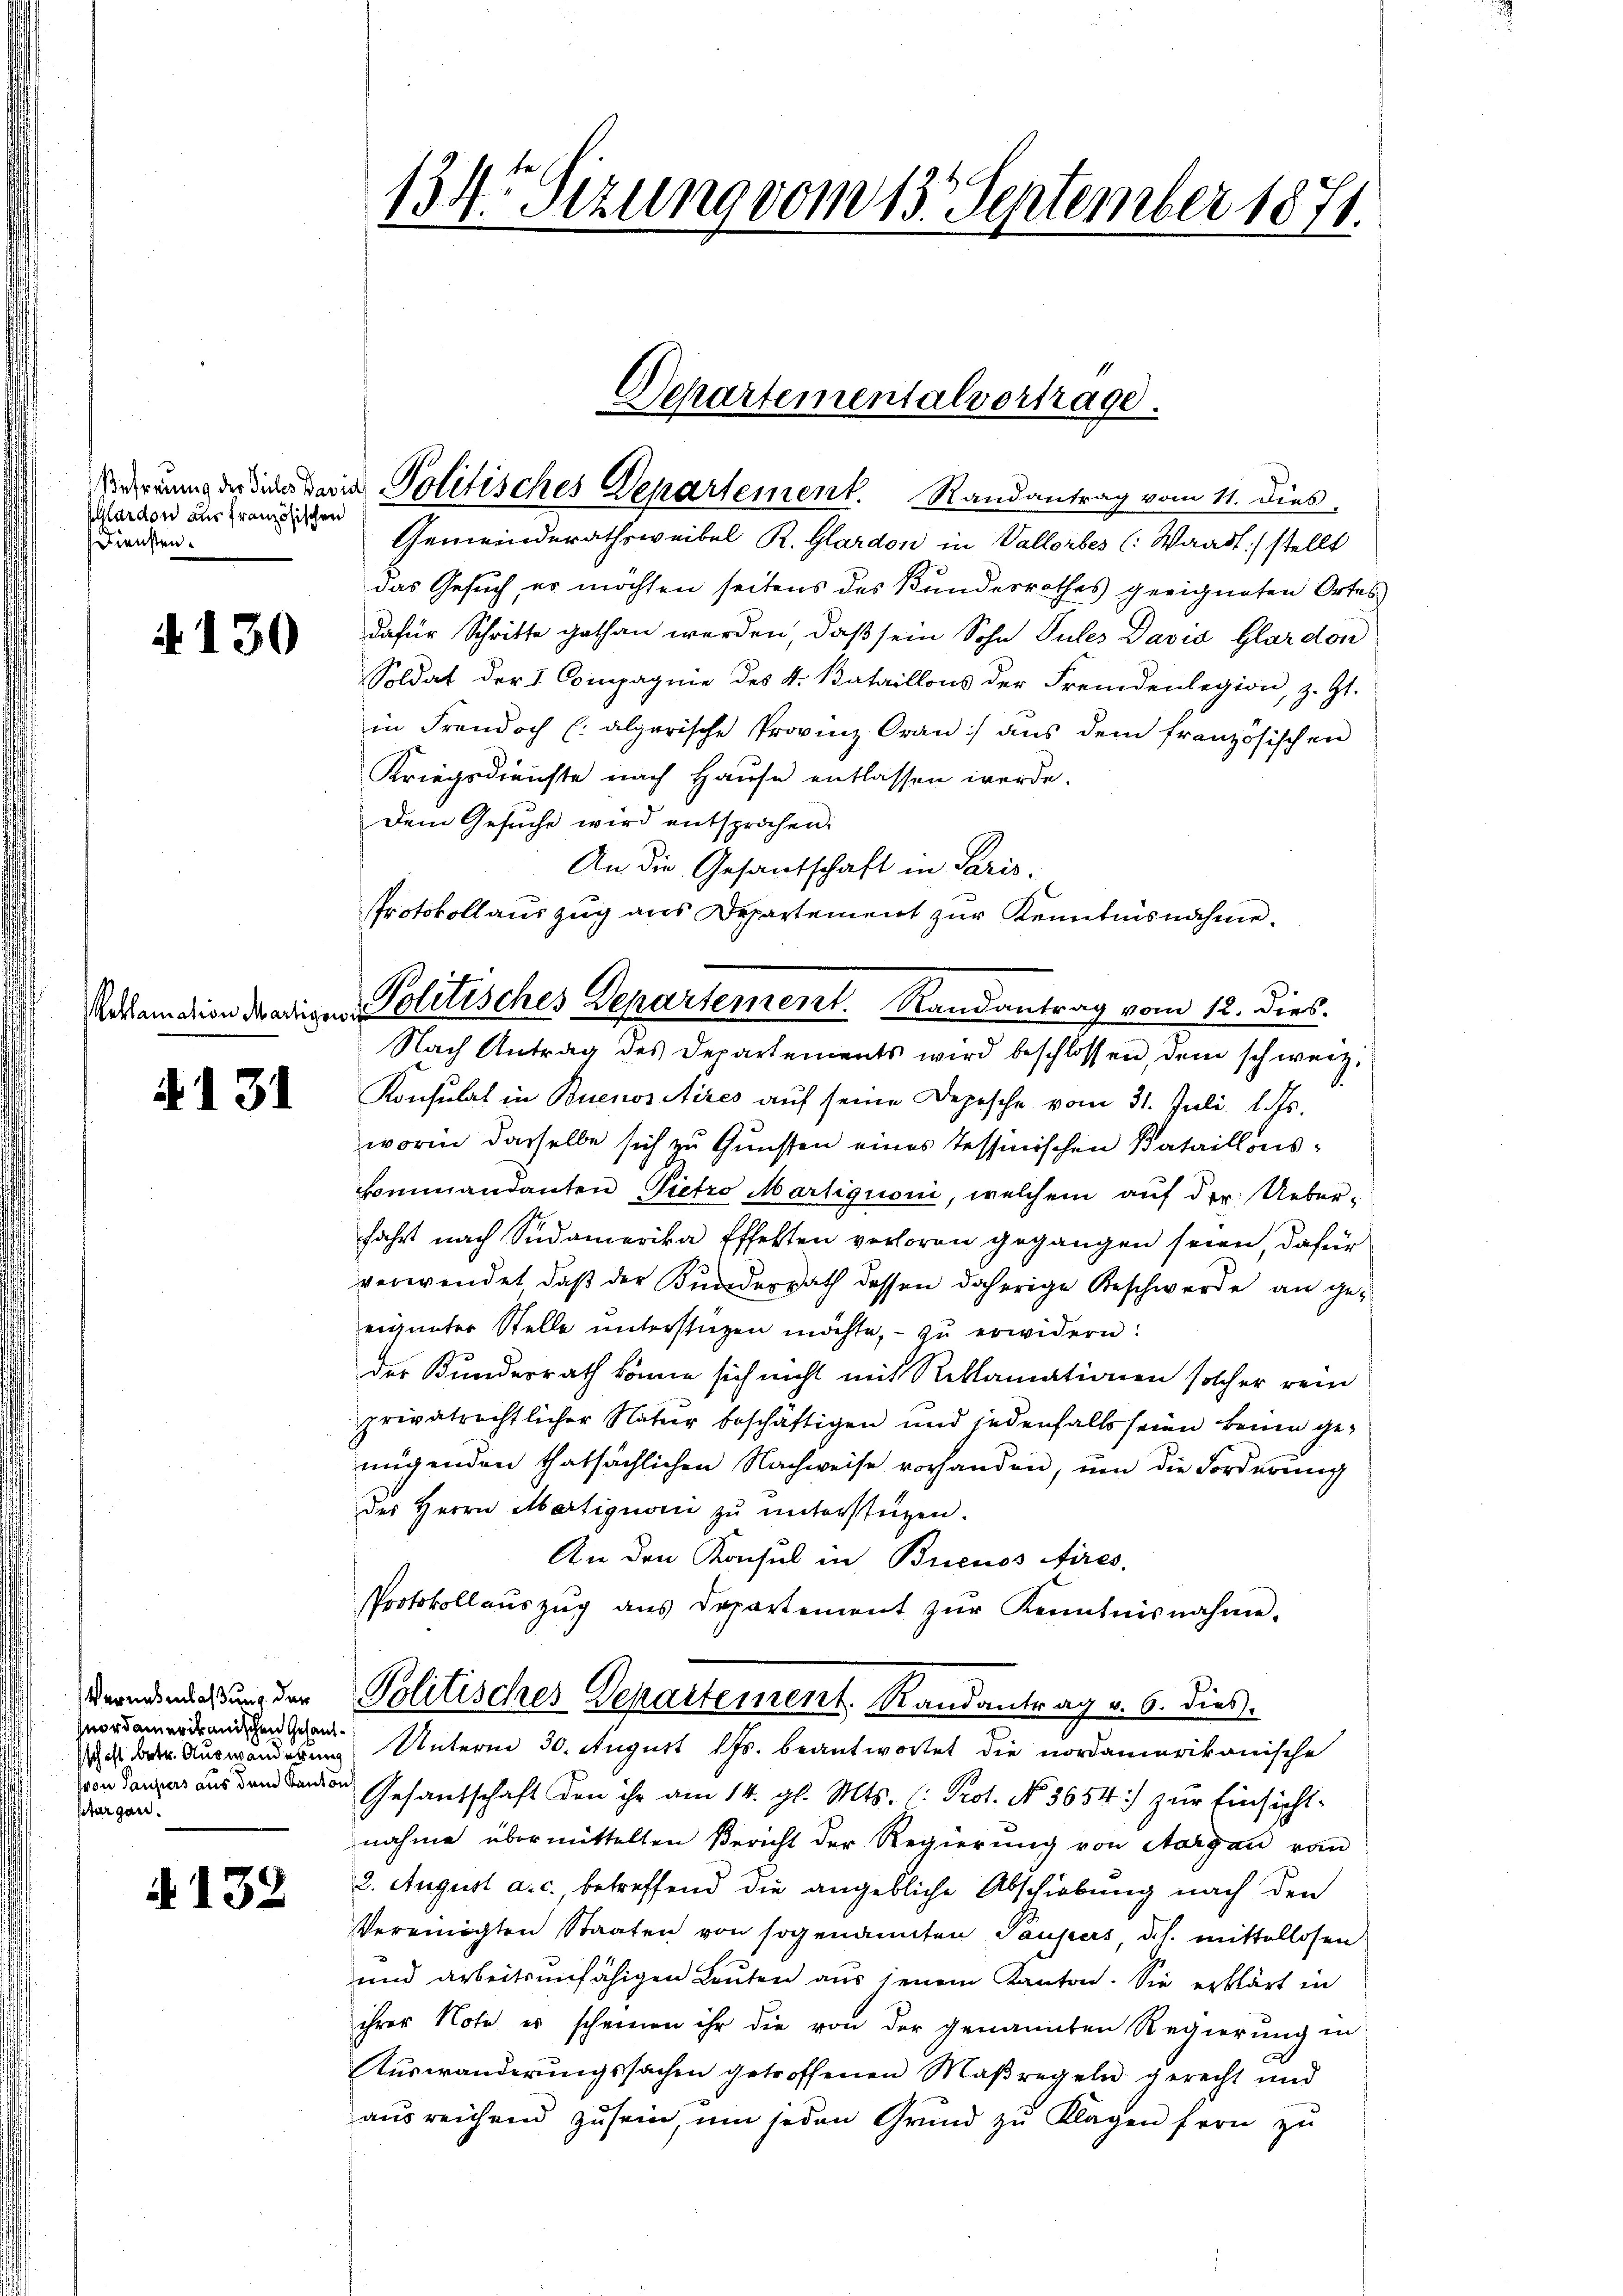
ardon aus französischen
Diensten.

4130

4131

Vernebenlaßung der
nordamerikanischen Gesandsch ist betr. Auswanderung
von Taufers aus dem Kanton
pturgau.

4132

134. Sizung vom 13. September 1871.

Gemeinderathsweibel R. Glardon in Vallerbes (: Waadt) stellt
das Gesuch, er möchten seitens des Bundesrathes geeigneten Ortes
dafür Schritte gethan werden, daß sein Sohn Pules David Glardon
Soldat der I Compagnie des K. Bataillons der Fremdenlegion, z. Zt.
in Freudoch (algarische Provinz Oran) aus dem französischen
Kriegsdienste nach Hause entlassen werde.
Dem Gesuche wird entsprochen:
An die Gesantschaft in Paris.
Protokollauszug aus Departement zur Kenntnisnahme.
Nach Antrag des Departements wird beschlossen, dem schweiz.
Konsulat in Buenos Aires auf seine Depesche vom 31. Juli 187.
worin dasselbe sich zu Gunsten eines Tessinischen Bataillonskommandanten Pietro Martiguoni, welchem auf der Ueber-
fahrt nach Südamerika Effekten verloren gegangen seien, dafür
verwendet, daß der Bundesrath dessen daherige Beschwerde an geeigneter Stelle unterstüzen möchte, - zu erwidern:
der Kundesrath könne sich nicht mit Reklamationen solcher rein
privatrechtlicher Natur beschäftigen und jedenfalls seien keine genügenden thatsächlichen Nachweise vorhanden, um die Forderung
des Herrn Martignori zu unterstüzen.
An den Konsul in Buenos Aires.
Protokoll aŭszŭg ans Departement zŭr Kenntnisnahme.
Politisches Departement. Randantrag v. 6. dies.
Unterm 30. August lJs. beantwortet die nordamerikanische
Gesantschaft den ihr am 14. gl. Mts. (: Prot. No. 3654.) zur Einsichtnahme übermittelten Bericht der Regierung von Aargau von
2. August a. c. betreffend die angebliche Abschiebung nach den
Vereinigten Staaten von sogenannten Pausers d. h. mittellosen
und arbeitsunfähigen Leŭten aus jenem Kanton. Sie erklärt in
ihrer Note es scheinen ihr die von der genannten Regierung in
Auswanderungssachen getroffenen Maßregeln gerecht und
ausreichend zu sein, um jeden Grund zu Klagen fern zu

Separtementalvertrage.
errung der die darin Politisches Departement. Randantrag vom 11. Dies

Addamation dredigen Politisches Departement. Randantrag vom 12. dies.